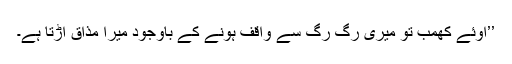
’’اوئے کھمب تو میری رگ رگ سے واقف ہونے کے باوجود میرا مذاق اڑتا ہے۔